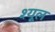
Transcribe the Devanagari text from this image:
श्यूल